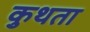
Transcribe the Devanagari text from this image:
कुथता